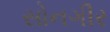
સોનગીર